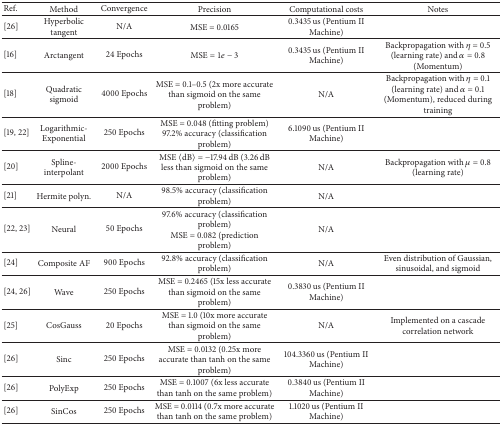
<table><thead><tr><td><b>Ref.</b></td><td><b>Method</b></td><td><b>Convergence</b></td><td><b>Precision</b></td><td><b>Computational costs</b></td><td><b>Notes</b></td></tr></thead><tbody><tr><td>[26]</td><td>Hyperbolic tangent</td><td>N/A</td><td>MSE = 0.0165</td><td>0.3435 us (Pentium II Machine)</td><td> </td></tr><tr><td>[16]</td><td>Arctangent</td><td>24 Epochs</td><td>MSE = 1<i>e</i> − 3</td><td>0.3435 us (Pentium II Machine)</td><td>Backpropagation with <i>η</i> = 0.5 (learning rate) and <i>α</i> = 0.8 (Momentum)</td></tr><tr><td>[18]</td><td>Quadratic sigmoid</td><td>4000 Epochs</td><td>MSE = 0.1–0.5 (2x more accurate than sigmoid on the same problem)</td><td>N/A</td><td>Backpropagation with <i>η</i> = 0.1 (learning rate) and <i>α</i> = 0.1 (Momentum), reduced during training</td></tr><tr><td>[19, 22]</td><td>Logarithmic-Exponential</td><td>250 Epochs</td><td>MSE = 0.048 (fitting problem)97.2% accuracy (classification problem)</td><td>6.1090 us (Pentium II Machine)</td><td> </td></tr><tr><td>[20]</td><td>Spline-interpolant</td><td>2000 Epochs</td><td>MSE 〈dB〉 = −17.94 dB (3.26 dB less than sigmoid on the same problem)</td><td>N/A</td><td>Backpropagation with <i>μ</i> = 0.8 (learning rate)</td></tr><tr><td>[21]</td><td>Hermite polyn.</td><td>N/A</td><td>98.5% accuracy (classification problem)</td><td>N/A</td><td> </td></tr><tr><td>[22, 23]</td><td>Neural</td><td>50 Epochs</td><td>97.6% accuracy (classification problem)MSE = 0.082 (prediction problem)</td><td>N/A</td><td> </td></tr><tr><td>[24]</td><td>Composite AF</td><td>900 Epochs</td><td>92.8% accuracy (classification problem)</td><td>N/A</td><td>Even distribution of Gaussian, sinusoidal, and sigmoid</td></tr><tr><td>[24, 26]</td><td>Wave</td><td>250 Epochs</td><td>MSE = 0.2465 (15x less accurate than sigmoid on the same problem)</td><td>0.3830 us (Pentium II Machine)</td><td> </td></tr><tr><td>[25]</td><td>CosGauss</td><td>20 Epochs</td><td>MSE = 1.0 (10x more accurate than sigmoid on the same problem)</td><td>N/A</td><td>Implemented on a cascade correlation network</td></tr><tr><td>[26]</td><td>Sinc</td><td>250 Epochs</td><td>MSE = 0.0132 (0.25x more accurate than tanh on the same problem)</td><td>104.3360 us (Pentium II Machine)</td><td> </td></tr><tr><td>[26]</td><td>PolyExp</td><td>250 Epochs</td><td>MSE = 0.1007 (6x less accurate than tanh on the same problem)</td><td>0.3840 us (Pentium II Machine)</td><td> </td></tr><tr><td>[26]</td><td>SinCos</td><td>250 Epochs</td><td>MSE = 0.0114 (0.7x more accurate than tanh on the same problem)</td><td>1.1020 us (Pentium II Machine)</td><td> </td></tr></tbody></table>